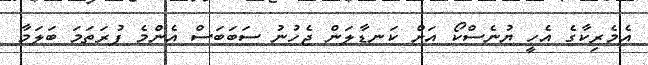
އެމެރިކާގެ އެހީ ޔުނެސްކޯ އަށް ކަނޑާލަން ޖެހުނު ސަބަބަސް އެންމެ ފުރަތަމަ ބަލަމާ